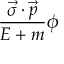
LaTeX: { \frac { { \vec { \sigma } } \cdot { \vec { p } } } { E + m } } \phi